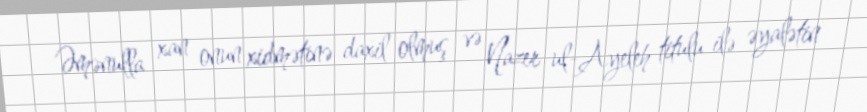
Əmənulla xan onun xidmətinə daxil olmuş və Nazer ul-Ayeleh titulu ilə əyalətin